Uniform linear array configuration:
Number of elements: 16
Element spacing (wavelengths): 0.75
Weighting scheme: binomial
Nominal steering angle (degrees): -60
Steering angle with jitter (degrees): -58.562
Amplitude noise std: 0.05
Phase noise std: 0.05

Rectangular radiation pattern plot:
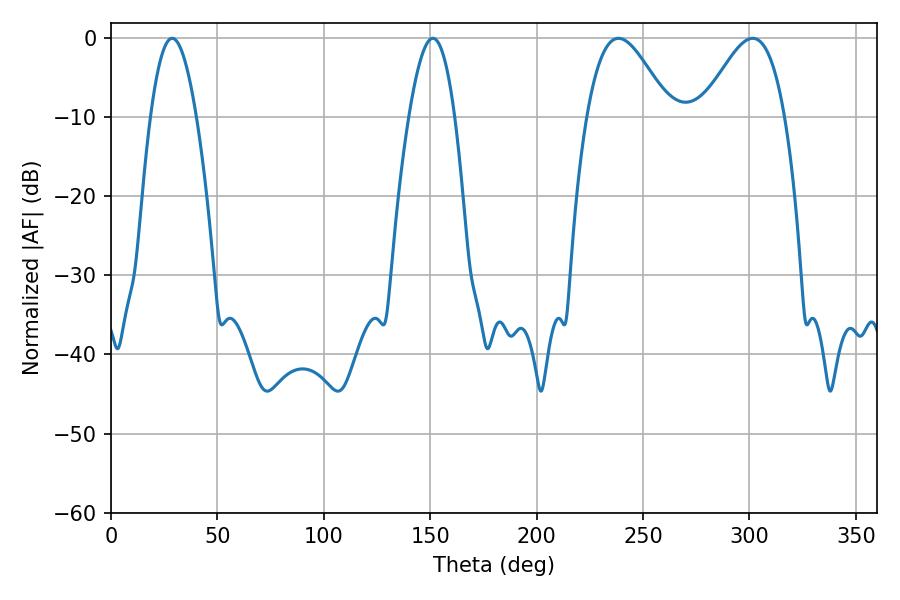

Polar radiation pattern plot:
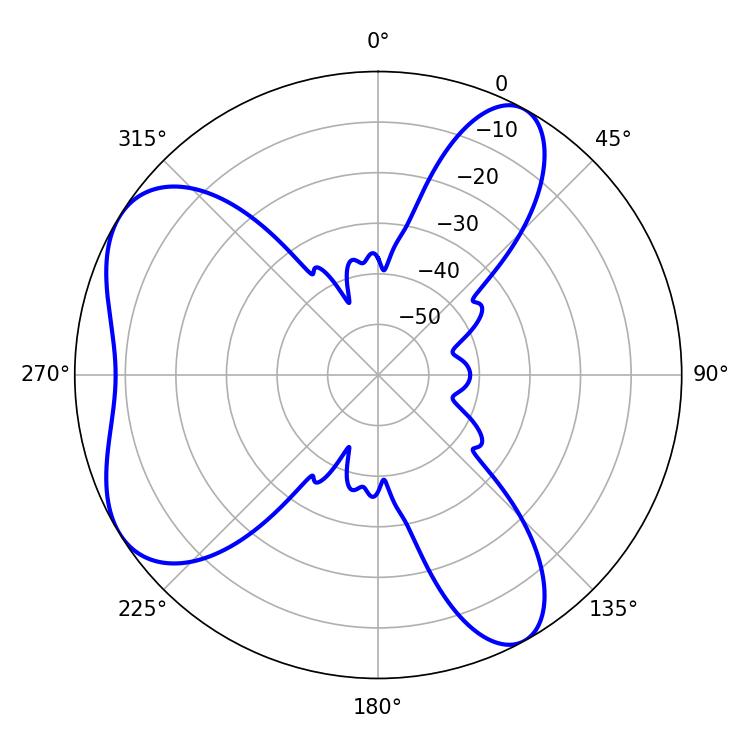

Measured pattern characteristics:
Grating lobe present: TRUE
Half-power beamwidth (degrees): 20.88
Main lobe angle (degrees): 238.5